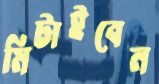
মিটাইবেন